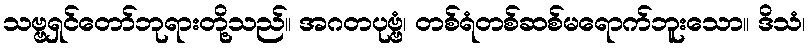
သဗ္ဗရှင်တော်ဘုရားတို့သည်။ အဂတပုဗ္ဗံ၊ တစ်ရံတစ်ဆစ်မရောက်ဘူးသော။ ဒိသံ၊